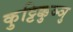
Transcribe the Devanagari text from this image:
कुट्टिक्कुञ्ञु